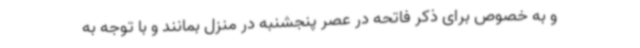
و به خصوص برای ذکر فاتحه در عصر پنجشنبه در منزل بمانند و با توجه به